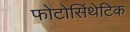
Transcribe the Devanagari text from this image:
फोटोसिंथेटिक